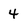
Character: 4